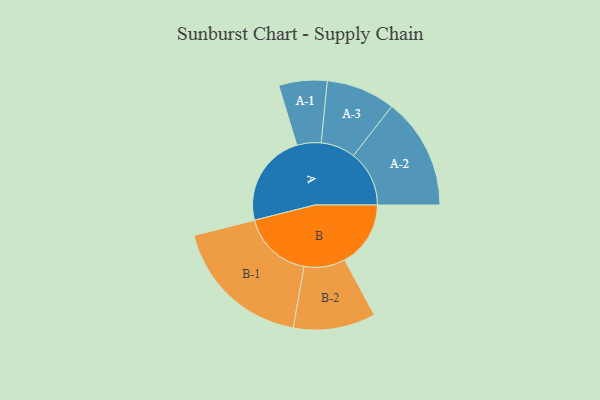
{"axis": {"x": "Segment", "y": "Value"}, "legend": ["", "A", "B"], "data": [{"x": "A", "y": 395, "type": ""}, {"x": "B", "y": 279, "type": ""}, {"x": "A-1", "y": 102, "type": "A"}, {"x": "A-2", "y": 236, "type": "A"}, {"x": "A-3", "y": 146, "type": "A"}, {"x": "B-1", "y": 298, "type": "B"}, {"x": "B-2", "y": 174, "type": "B"}]}